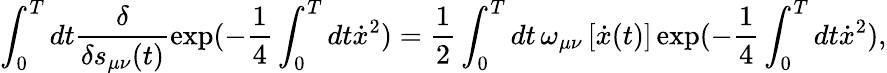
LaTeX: \int_{0}^{T}dt\frac{\delta}{{\delta s_{\mu\nu}(t)}}\exp(-\frac{1}{4}\int_{0}^{T}{dt\dot{x}^{2})=\frac{1}{2}}\int_{0}^{T}dt\, \omega_{\mu\nu}\left[\dot{x}(t)\right]\exp(-\frac{1}{4}\int_{0}^{T}{dt\dot{x}^{2}}),